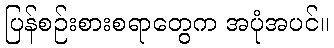
ပြန်စဉ်းစားစရာတွေက အပုံအပင်။